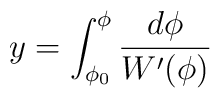
y=\int_{\phi_0}^{\phi} \frac{d\phi }{W' (\phi )}